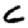
Digit: 6